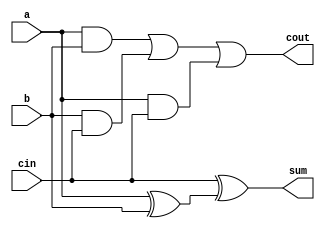
module fadd( 
    input a, b, cin,
    output cout, sum );
    
    assign sum = cin ^ (a ^ b);
    assign cout = a & b | b & cin | a & cin;
endmodule

module top_module( 
    input [99:0] a, b,
    input cin,
    output [99:0] cout,
    output [99:0] sum );
    
    fadd instance1 (a[0], b[0], cin, cout[0], sum[0]);
    genvar i;
    generate
        for(i = 1; i < 100; i = i + 1) begin : ripple_carry_adder
            fadd instance2 (a[i], b[i], cout[i-1], cout[i], sum[i]);
        end
    endgenerate
    
endmodule